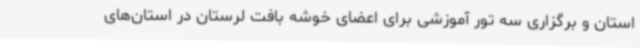
استان و برگزاری سه تور آموزشی برای اعضای خوشه بافت لرستان در استان‌های